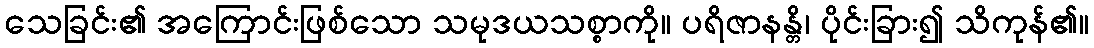
သေခြင်း၏ အကြောင်းဖြစ်သော သမုဒယသစ္စာကို။ ပရိဇာနန္တိ၊ ပိုင်းခြား၍ သိကုန်၏။